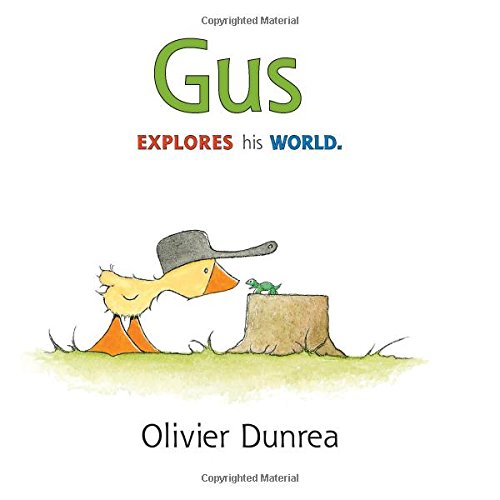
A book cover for Gus (Gossie & Friends); Olivier Dunrea; Children's Books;